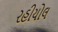
રહીયોલ